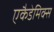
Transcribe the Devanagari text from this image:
एकैडेमिक्स